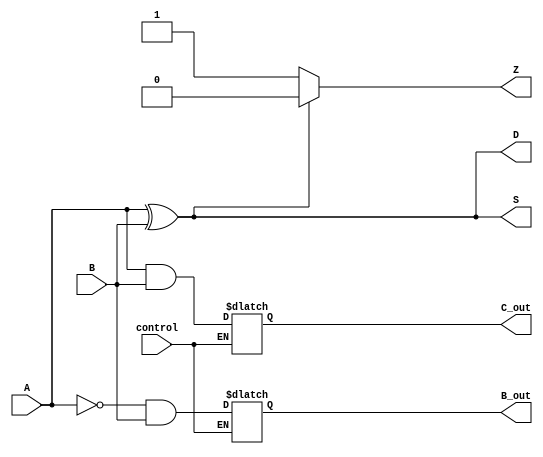
module ALU_1bit(
    input wire A,
    input wire B,
    input wire control,
    output reg S,
    output reg D,
    output reg Z,
    output reg C_out,
    output reg B_out
    );

    //Adder
    always @*
    begin
        if(control == 1'b0) //Addition operation
        begin
            S = A ^ B;
            C_out = A & B;
        end
        else //Subtraction operation
        begin
            S = A ^ B;
            B_out = ~A & B;
        end
    end

    //Subtractor
    assign D = A ^ B;

    //Zero Flag Generator
    assign Z = (S == 1'b0) ? 1'b1 : 1'b0;

endmodule